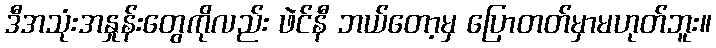
ဒီအသုံးအနှုန်းတွေကိုလည်း ဖဲင်နီ ဘယ်တော့မှ ပြောတတ်မှာမဟုတ်ဘူး။